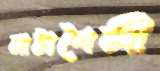
নাট্যশৈলী